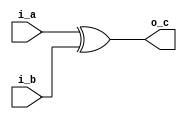
`timescale 1ns / 1ps

module xor_(
    i_a,
    i_b,
    o_c
);

input i_a;
input i_b;
output o_c;

assign o_c = i_a ^ i_b;

endmodule

module not_(
    i_a,
    o_b
);

input i_a;
output o_b;

assign o_b = ~ i_a;

endmodule

module and_(
    i_a,
    i_b,
    o_c
);

input i_a;
input i_b;
output o_c;

assign o_c = i_a & i_b;

endmodule

module Half_Subtractor(
    In_A,
    In_B,
    Difference,
    Borrow_out
);

input In_A;
input In_B;
output Difference; 
output Borrow_out;

wire not_A;
wire minus_A;

// implement half subtractor circuit, your code starts from here.
// gate(output, input1, input2)

xor_ xor0( In_A, In_B, Difference);
not_ not0( In_A, not_A);
and_ and0( In_B, not_A, Borrow_out);

endmodule